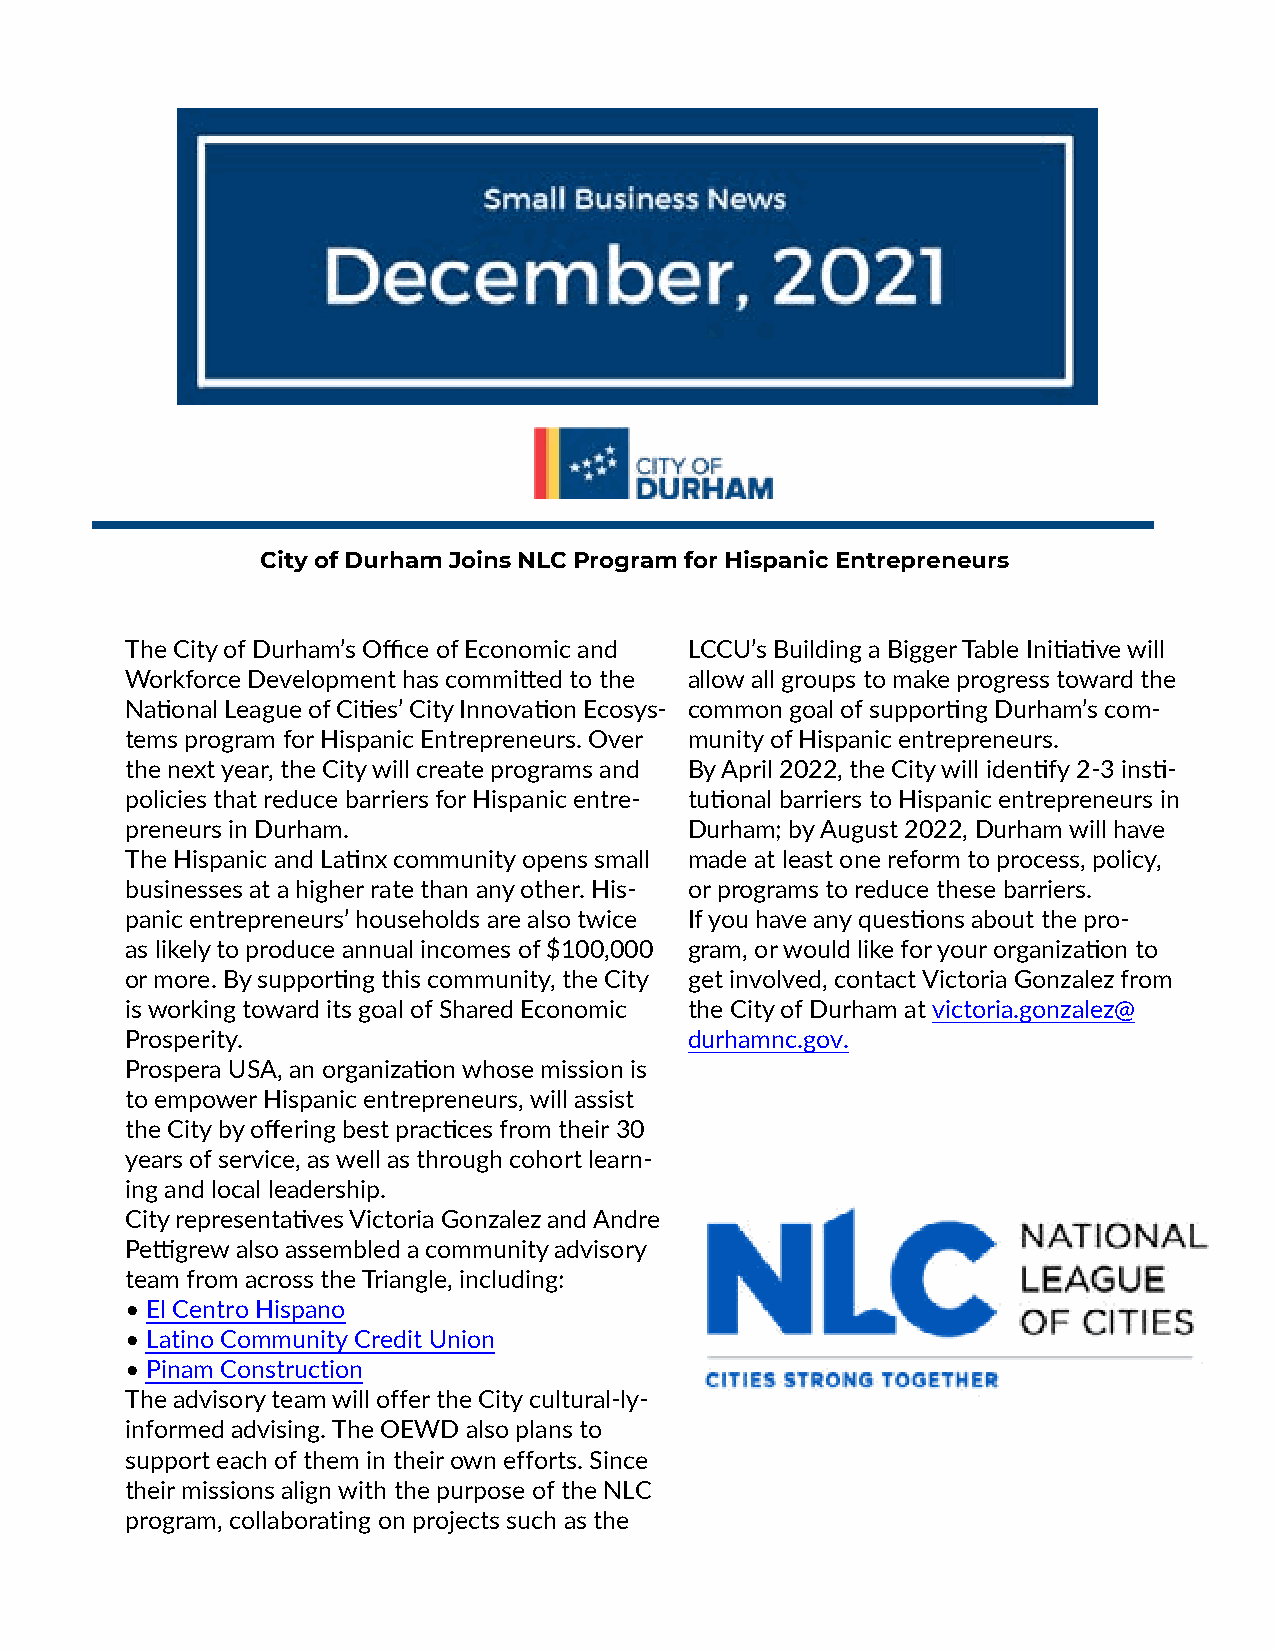
City of Durham Joins NLC Program for Hispanic Entrepreneurs
 The City of Durham’s Office of Economic and LCCU’s Building a Bigger Table Initiative will
 Workforce Development has committed to the allow all groups to make progress toward the
 National League of Cities’ City Innovation Ecosys- common goal of supporting Durham’s com-
 tems program for Hispanic Entrepreneurs. Over munity of Hispanic entrepreneurs.
 the next year, the City will create programs and By April 2022, the City will identify 2-3 insti-
 policies that reduce barriers for Hispanic entre- tutional barriers to Hispanic entrepreneurs in
 preneurs in Durham.                   Durham; by August 2022, Durham will have
 The Hispanic and Latinx community opens small made at least one reform to process, policy,
 businesses at a higher rate than any other. His- or programs to reduce these barriers.
 panic entrepreneurs’ households are also twice If you have any questions about the pro-
 as likely to produce annual incomes of $100,000 gram, or would like for your organization to
 or more. By supporting this community, the City get involved, contact Victoria Gonzalez from
 is working toward its goal of Shared Economic the City of Durham at victoria.gonzalez@
 Prosperity.                           durhamnc.gov.
 Prospera USA, an organization whose mission is
 to empower Hispanic entrepreneurs, will assist
 the City by offering best practices from their 30
 years of service, as well as through cohort learn-
 ing and local leadership.
 City representatives Victoria Gonzalez and Andre
 Pettigrew also assembled a community advisory
 team from across the Triangle, including:
 • El Centro Hispano
 • Latino Community Credit Union
 • Pinam Construction
 The advisory team will offer the City cultural-ly-
 informed advising. The OEWD also plans to
 support each of them in their own efforts. Since
 their missions align with the purpose of the NLC
 program, collaborating on projects such as the